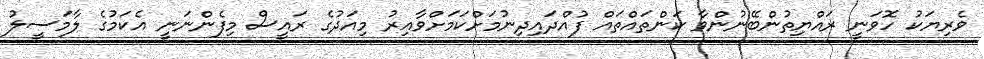
ވެރިޔަކު ހޮވަނީ ރައްޔިތުންބޭނުންވާ ކަންތައްތައް ފުއްދައިދިނުމަށްކަމަށްވާއިރު މިއަދުގެ ރައީސް މިފެންނަނީ އެކަމުގެ ލާމަސީލު